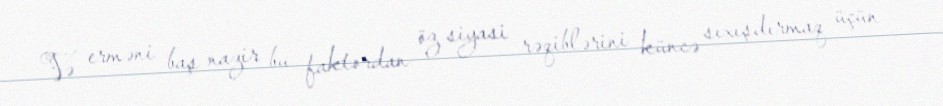
Və erməni baş nazir bu faktordan öz siyasi rəqiblərini küncə sıxışdırmaq üçün